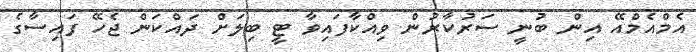
އެމްއެމްއޭ އިން ބުނީ ސަރުކާރުން ވިއްކާފައިވާ ޓީ ބިލަށް ދައްކަން ޖެހޭ ފައިސާގެ